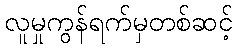
လူမှုကွန်ရက်မှတစ်ဆင့်